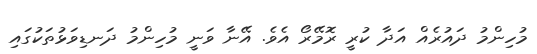
މުހިންމު ދައުރެއް އަދާ ކުރީ ރޮމޭރޯ އެވެ. އޭނާ ވަނީ މުހިންމު ދަނޑިވަޅުތަކުގައި